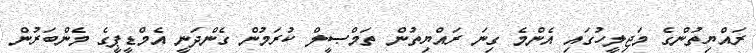
ރައްޔިތުންގެ މަޖިލީހުގައި އެންމެ ގިނަ ރައްޔިތުން ތަމްޞީލް ކުރަމުން ގެންދަނީ އެމްޑީޕީގެ މެންބަރުން